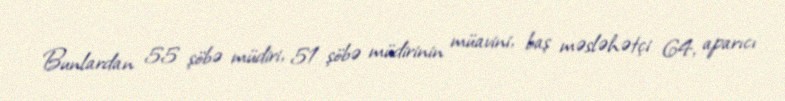
Bunlardan 55 şöbə müdiri, 51 şöbə müdirinin müavini, baş məsləhətçi 64, aparıcı